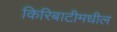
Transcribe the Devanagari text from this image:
किरिबाटीमधील